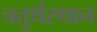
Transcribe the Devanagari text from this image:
चतुर्थस्थान